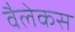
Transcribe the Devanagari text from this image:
वैलेकस